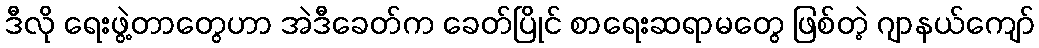
ဒီလို ရေးဖွဲ့တာတွေဟာ အဲဒီခေတ်က ခေတ်ပြိုင် စာရေးဆရာမတွေ ဖြစ်တဲ့ ဂျာနယ်ကျော်